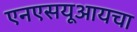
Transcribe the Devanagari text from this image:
एनएसयूआयचा